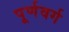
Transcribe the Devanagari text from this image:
पूर्णवर्ग